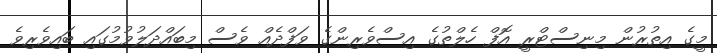
މީގެ އިތުރުން މިނިސްޓްރީ އޮފް ހެލްތުގެ އިސްވެރިންގެ ވަފްދެއް ވެސް މިބައްދަލުވުމުގައި ބައިވެރިވެ